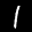
Label: 1